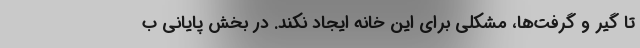
تا گیر و گرفت‌ها، مشکلی برای این خانه ایجاد نکند. در بخش پایانی ب